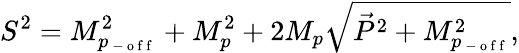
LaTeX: S^{2}=M_{p_{\mathrm{~-~o~f~f~}}}^{2}+M_{p}^{2}+2M_{p}\sqrt{\vec{P}^{2}+M_{p_{\mathrm{~-~o~f~f~}}}^{2}},